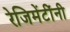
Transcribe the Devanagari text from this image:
रेजिमेंटींनी